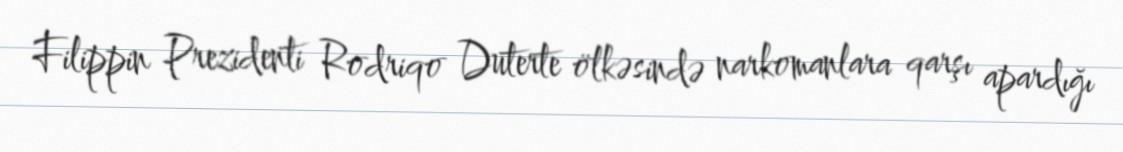
Filippin Prezidenti Rodriqo Duterte ölkəsində narkomanlara qarşı apardığı